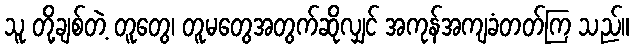
သူ တို့ချစ်တဲ့ တူတွေ၊ တူမတွေအတွက်ဆိုလျှင် အကုန်အကျခံတတ်ကြ သည်။